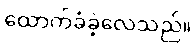
ထောက်ခံခဲ့လေသည်။